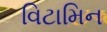
વિટામિન